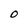
Character: 0